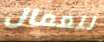
للعمال